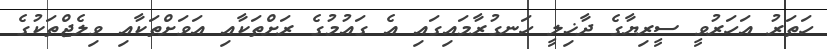
ހަތަރު އަހަރުވީ ސީރިޔާގެ ދާޚިލީ ހަނގުރާމައިގައި އެ ގައުމުގެ ރަށްތަކާއި އަވަށްތަކާއި ވިލެޖްތަކުގެ